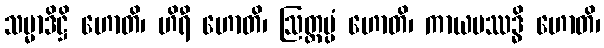
သမ္မာဒိဋ္ဌိ ဟောတိ၊ ဟိရီ ဟောတိ၊ ဩတ္တပ္ပံ ဟောတိ၊ ကာယပဿဒ္ဓိ ဟောတိ၊